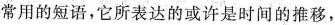
常用的短语，它所表达的或许是时间的推移，